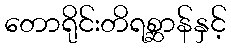
တောရိုင်းတိရစ္ဆာန်နှင့်